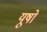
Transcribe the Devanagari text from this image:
यूषों